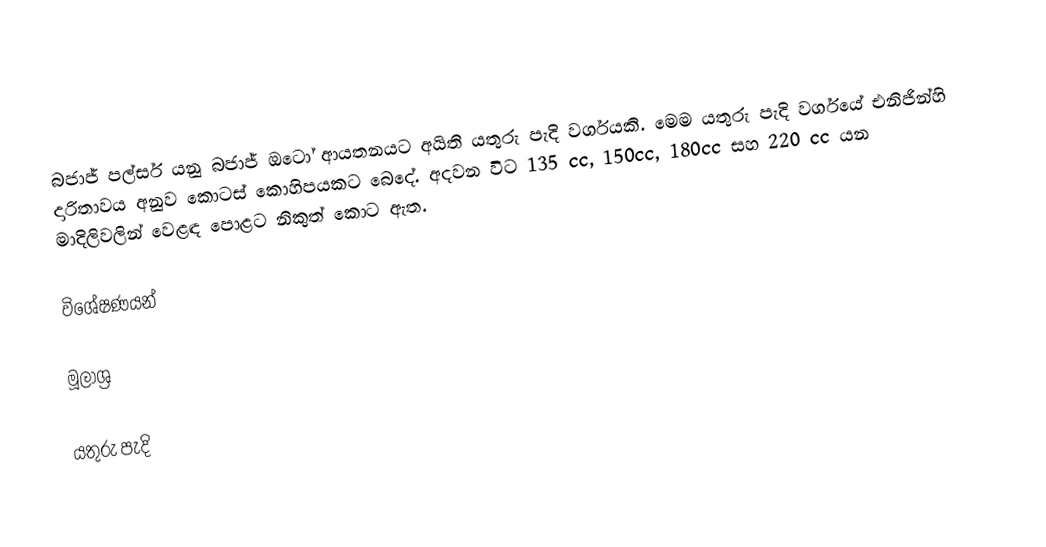
බජාජ් පල්සර් යනු බජාජ් ඔටෝ ආයතනයට අයිති යතුරු පැදි වර්ගයකි. මෙම යතුරු පැදි වර්ගයේ එනිජින්හි දාරිතාවය අනුව කොටස් කොහිපයකට බෙදේ. අදවන විට 135 cc, 150cc, 180cc සහ 220 cc යන මාදිලිවලින් වෙළඳ පොළට නිකුත් කොට ඇත.

විශේෂණයන්

මූලාශ්‍ර

යතුරු පැදි